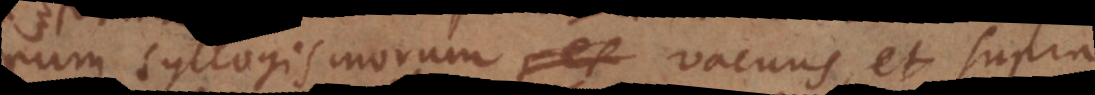
syllogismorum vacuus, et supra